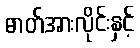
ဓာတ်အားလိုင်းနှင့်